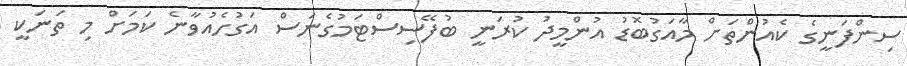
ސިންފަނީގެ ކެއުންތަށް މާއަގުބޮޑު އުންމީދު ކުރަނީ ބުފޭސިސްޓަމުގެނަސް އަގުހެއުވާނެ ކަމަށް މި ތަނަކީ